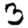
Digit: 3